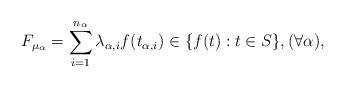
LaTeX: \begin{align*} F_{\mu_{\alpha}}= \sum _{i=1}^{n_{\alpha}}\lambda_{\alpha,i}f({t_{\alpha,{i}}})\in {}\{f(t) : t \in S\}, ( \forall \alpha ),\end{align*}